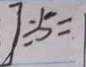
] \div 5 =